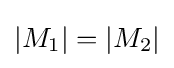
|M_{1}|=|M_{2}|